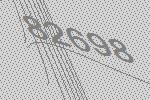
82698